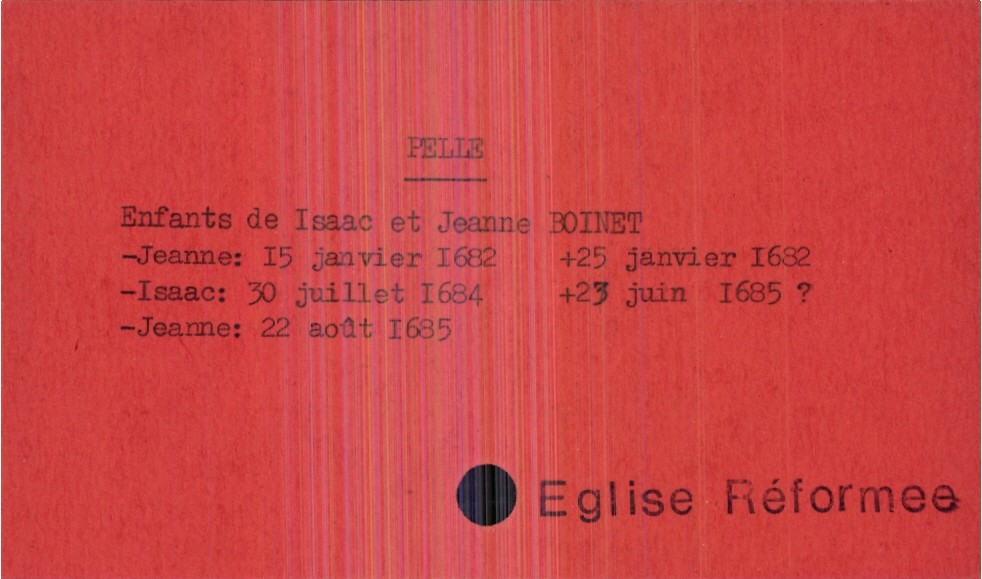
type_acte: Baptême
observations: Eglise Réformee
filiation: fille
enfant_prénom: Jeanne
enfant_date_de_naissance: 22 août 1685
enfant_date_de_décès: 23 juin 1685
père_enfant_nom: Pelle
père_enfant_prénom: Isaac
mère_enfant_nom: Boinet
mère_enfant_prénom: Jeanne